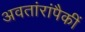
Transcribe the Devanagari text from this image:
अवतांरांपैकीं